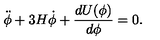
\ddot { \phi } + 3 H \dot { \phi } + \frac { d U ( \phi ) } { d \phi } = 0 .